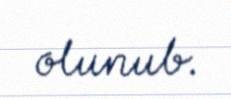
olunub.